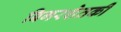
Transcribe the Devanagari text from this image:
बिगरशेतकी